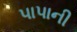
પાપાની